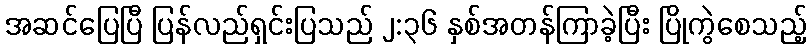
အဆင်ပြေပြီ ပြန်လည်ရှင်းပြသည် ၂:၃၆ နှစ်အတန်ကြာခဲ့ပြီး ပြိုကွဲစေသည့်